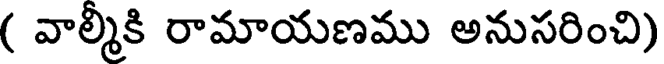
( వాల్మీకి రామాయణము అనుసరించి)